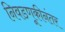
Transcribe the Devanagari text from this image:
निवडणूकीनंतर